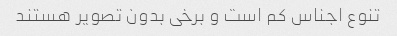
تنوع اجناس کم است و برخی بدون تصویر هستند